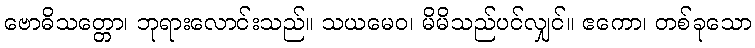
ဗောဓိသတ္တော၊ ဘုရားလောင်းသည်။ သယမေဝ၊ မိမိသည်ပင်လျှင်။ ဧကော၊ တစ်ခုသော